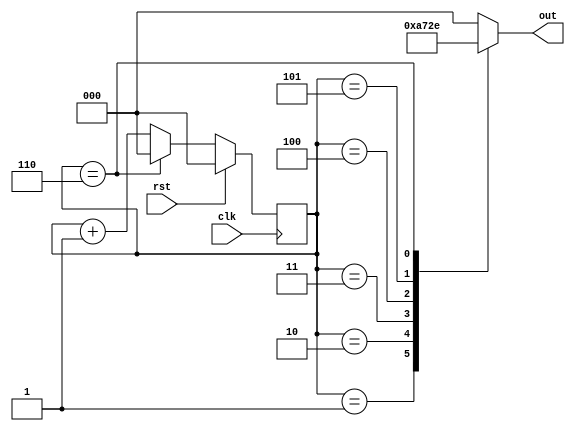
`timescale 1ns / 1ps
//////////////////////////////////////////////////////////////////////////////////
// Company: 
// Engineer: 
// 
// Design Name: 
// Module Name: arbiter
// Project Name: 
// Target Devices: 
// Tool Versions: 
// Description: 
// 
// Dependencies: 
// 
// Revision:
// Revision 0.01 - File Created
// Additional Comments:
// 
//////////////////////////////////////////////////////////////////////////////////


module arbiter(
    input clk, rst,
    output reg [2:0] out
    );
    
    reg [2:0] count;
    
    always@(posedge clk)
    begin
        if(rst)
            count <= 3'b000;
        else if(count == 3'd6)
            count <= 3'b000;
        else
            count = count + 1;
    end
    
    always@(count)
    begin
        case(count)
            3'b000 : out <= 3'b000; 
            3'b001 : out <= 3'b001;
            3'b010 : out <= 3'b010;
            3'b011 : out <= 3'b011;
            3'b100 : out <= 3'b100;
            3'b101 : out <= 3'b101;
            3'b110 : out <= 3'b110;  
            default: out <= 3'b000; 
        endcase          
    end
endmodule